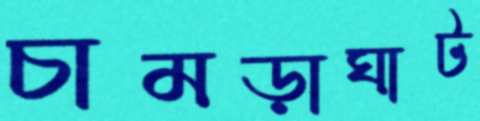
চামড়াঘাট